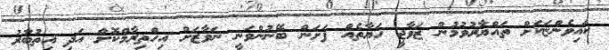
ކައިވެންޏަކަށް ތައްޔާރުވުމުން ޒަވާޖީ ހަޔާތެއް ފަށަން ބޭނުންވަނީ ނަވާޒަށް އިހްތިރާމްކޮށް އަދި އިތުބާރު